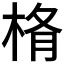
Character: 𣒥